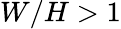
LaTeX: W/H>1